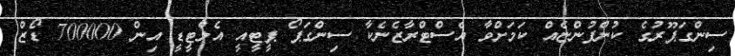
ސިންގަޕޫރުގެ ކުންފުންޏެއް ކަމަށްވާ އެސްޓްރާޒެނެކާ ސިންގަޕޯ ޕީޓީއީ އެލްޓީޑީ އިން 700000 ޑޯޒް